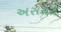
અસરારો